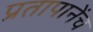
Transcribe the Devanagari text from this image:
प्रतापानेंच